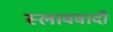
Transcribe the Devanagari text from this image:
स्लाववादी